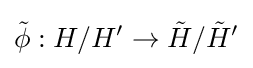
{\tilde {\phi }}:H/H'\to {\tilde {H}}/{\tilde {H}}'